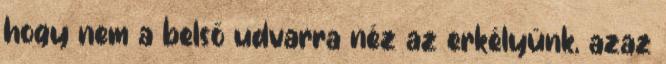
hogy nem a belső udvarra néz az erkélyünk, azaz